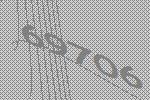
69706